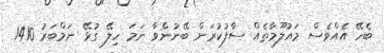
ބެހޭ އެއްވެސް މައުލޫމާތެއް ސާފުކުރަން ބޭނުންވާ ނަމަ ހިލޭ ގުޅޭ ނަމްބަރު 1410